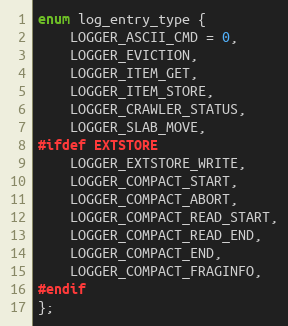
Language: C
enum log_entry_type {
    LOGGER_ASCII_CMD = 0,
    LOGGER_EVICTION,
    LOGGER_ITEM_GET,
    LOGGER_ITEM_STORE,
    LOGGER_CRAWLER_STATUS,
    LOGGER_SLAB_MOVE,
#ifdef EXTSTORE
    LOGGER_EXTSTORE_WRITE,
    LOGGER_COMPACT_START,
    LOGGER_COMPACT_ABORT,
    LOGGER_COMPACT_READ_START,
    LOGGER_COMPACT_READ_END,
    LOGGER_COMPACT_END,
    LOGGER_COMPACT_FRAGINFO,
#endif
};